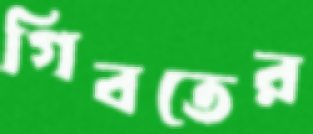
গিবতের